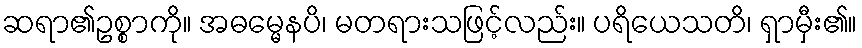
ဆရာ၏ဥစ္စာကို။ အဓမ္မေနပိ၊ မတရားသဖြင့်လည်း။ ပရိယေသတိ၊ ရှာမှီး၏။